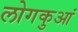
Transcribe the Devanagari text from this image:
लोगकुआं